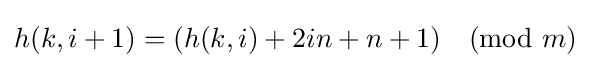
h(k,i+1)=(h(k,i)+2in+n+1){\pmod {m}}